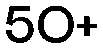
50+